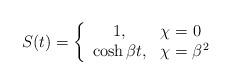
LaTeX: \begin{align*}S(t) = \left\{ \begin{array}{cl}1 , &\chi = 0 \\\cosh \beta t , &\chi = {\beta}^{2}\end{array} \right.\end{align*}